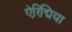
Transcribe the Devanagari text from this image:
ऐरिद्मिया